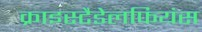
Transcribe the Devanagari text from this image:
क्राइस्टैडेलफियंस